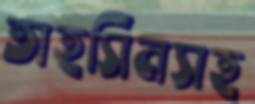
তাহসিনসহ